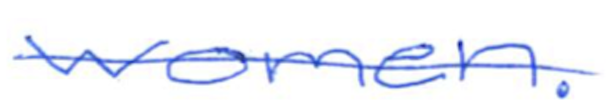
Text: women.
Cross-out: single-line
Writing tool: ballpoint